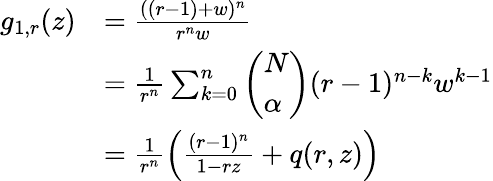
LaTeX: \begin{array}{rl}{g_{1,r}(z)}&{=\frac{((r-1)+w)^{n}}{r^{n}w}}\\ &{=\frac{1}{r^{n}}\sum_{k=0}^{n}\left(\begin{array}{l}{N}\\ {\alpha}\end{array}\right)(r-1)^{n-k}w^{k-1}}\\ &{=\frac{1}{r^{n}}\left(\frac{(r-1)^{n}}{1-rz}+q(r,z)\right)}\end{array}